Vaccination in Bombay 1863-1868 - 1863-1868
Year: 1863
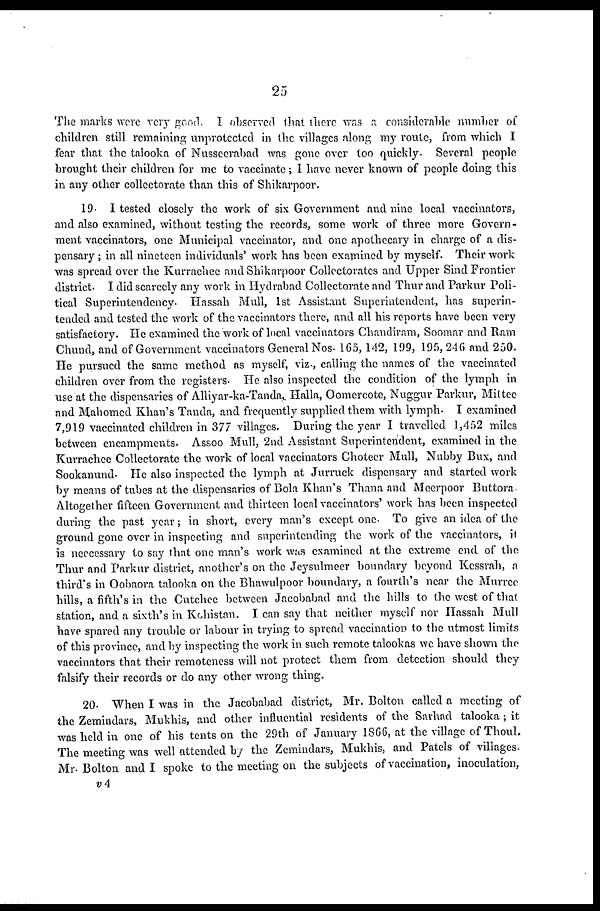
25
The marks were very good. I observed that there was a considerable number of
children still remaining unprotected in the villages along my route, from which I
fear that the talooka of Nussecrabad was gone over too quickly. Several people
brought their children for me to vaccinate; I have never known of people doing this
in any other collectorate than this of Shikarpoor.
19. I tested closely the work of six Government and nine local vaccinators,
and also examined, without testing the records, some work of three more Govern-
ment vaccinators, one Municipal vaccinator, and one apothecary in charge of a dis-
pensary ; in all nineteen individuals' work has been examined by myself. Their work
was spread over the Kurrachee and Shikarpoor Collectorates and Upper Sind Frontier
district. I did scarcely any work in Hydrabad Collectorate and Thur and Parkur Poli-
tical Superintendency. Hassah Mull, 1st Assistant Superintendent, has superin-
tended and tested the work of the vaccinators there, and all his reports have been very
satisfactory. He examined the work of local vaccinators Chandiram, Soomar and Ram
Chund, and of Government vaccinators General Nos. 165,142, 199, 195, 246 and 250.
He pursued the same method as myself, viz., calling the names of the vaccinated
children over from the registers. He also inspected the condition of the lymph in
use at the dispensaries of Alliyar-ka-Tanda, Halla, Oomcrcote, Nuggur Parkur, Mittee
and Mahomed Khan's Tanda, and frequently supplied them with lymph. I examined
7,919 vaccinated children in 377 villages. During the year I travelled 1,452 miles
between encampments. Assoo Mull, 2nd Assistant Superintendent, examined in the
Kurrachee Collectorate the work of local vaccinators Chotecr Mull, Nubby Bux, and
Sookanund. He also inspected the lymph at Jurruck dispensary and started work
by means of tubes at the dispensaries of Bola Khan's Thana and Meerpoor Buttora¬
Altogether fifteen Government and thirteen local vaccinators' work has been inspected
during the past year; in short, every man's except one. To give an idea of the
ground gone over in inspecting and superintending the work of the vaccinators, it
is necccssary to say that one man's work was examined at the extreme end of the
Thur and Parkur district, another's on the Jeysulmeer boundary beyond Kessrah, a
third's in Oobaora talooka on the Bhawulpoor boundary, a fourth's near the Murree
hills, a fifth's in the Cutchee between Jacobabad and the hills to the west of that
station, and a sixth's in Kohistan. I can say that neither myself nor Hassah Mull
have spared any trouble or labour in trying to spread vaccination to the utmost limits
of this province, and by inspecting the work in such remote talookas we have shown the
vaccinators that their remoteness will not protect them from detection should they
falsify their records or do any other wrong thing.
20. When I was in the Jacobabad district, Mr. Bolton called a meeting of
the Zemindars, Mukhis, and other influential residents of the Sarhad talooka ; it
was held in one of his tents on the 29th of January 1866, at the village of Thoul.
The meeting was well attended by the Zemindars, Mukhis, and Patels of villages.
Mr. Bolton and I spoke to the meeting on the subjects of vaccination, inoculation,
v4